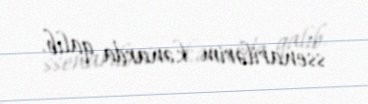
ssenarilərim kənarda qalıb.